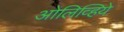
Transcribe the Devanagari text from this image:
ओलिव्हिये